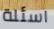
اسئلة